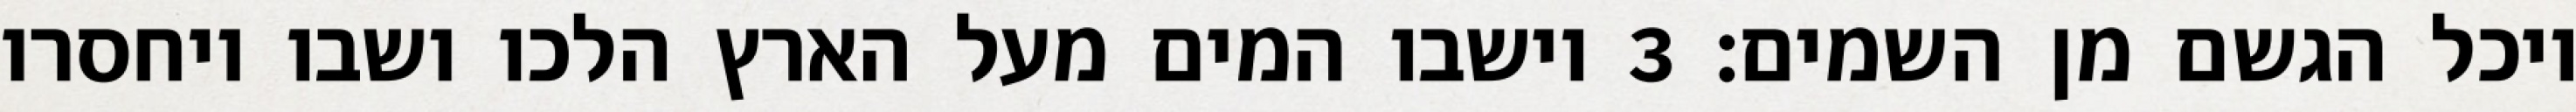
ויכל הגשם מן השמים׃ ‎3‏ וישבו המים מעל הארץ הלכו ושבו ויחסרו